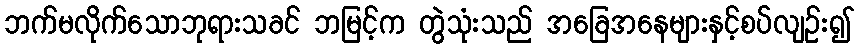
ဘက်မလိုက်သောဘုရားသခင် ဘမြင့်က တွဲသုံးသည် အခြေအနေများနှင့်စပ်လျဉ်း၍